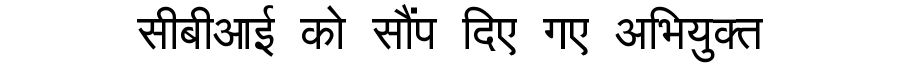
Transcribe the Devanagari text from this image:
सीबीआई को सौंप दिए गए अभियुक्त